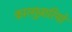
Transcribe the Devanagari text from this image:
कारग़ुज़ारियों